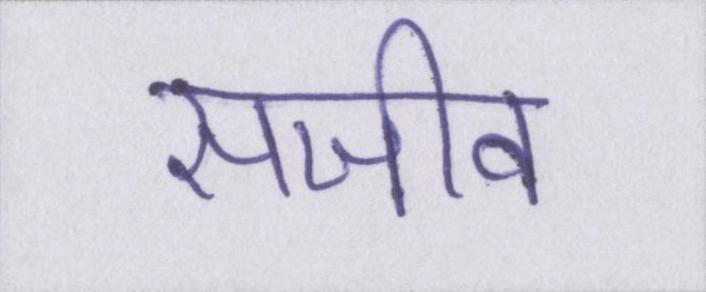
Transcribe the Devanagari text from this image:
सजीव